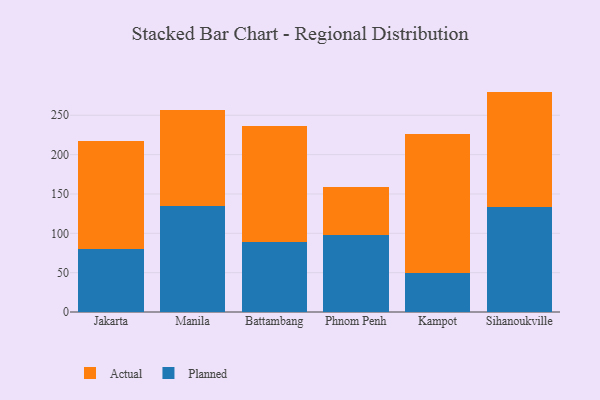
{"axis": {"x": "City", "y": "Website Visitors"}, "legend": ["Actual", "Planned"], "data": [{"x": "Jakarta", "y": 79.9, "type": "Planned"}, {"x": "Jakarta", "y": 137.9, "type": "Actual"}, {"x": "Manila", "y": 134.4, "type": "Planned"}, {"x": "Manila", "y": 121.8, "type": "Actual"}, {"x": "Battambang", "y": 89.3, "type": "Planned"}, {"x": "Battambang", "y": 146.5, "type": "Actual"}, {"x": "Phnom Penh", "y": 98.2, "type": "Planned"}, {"x": "Phnom Penh", "y": 61.3, "type": "Actual"}, {"x": "Kampot", "y": 50.1, "type": "Planned"}, {"x": "Kampot", "y": 176.5, "type": "Actual"}, {"x": "Sihanoukville", "y": 133.3, "type": "Planned"}, {"x": "Sihanoukville", "y": 146.8, "type": "Actual"}]}